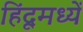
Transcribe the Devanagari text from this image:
हिंदूमध्यें